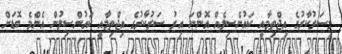
މިސަރުކާރުގެ އިޖްތިމާއީ ކައުންސިލެއް އޮންނަ އިރު ސަރުކާރުގެ އިޖްތިމާއީ ކައުންސިލުން އެންމެ ބޮޑަށް